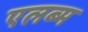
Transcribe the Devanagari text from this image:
एलब्म